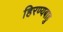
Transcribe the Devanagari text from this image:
हिरण्यबाहु